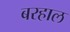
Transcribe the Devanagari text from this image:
बरहाल